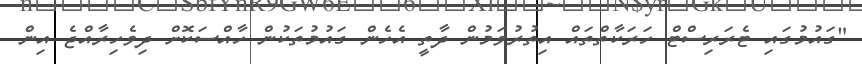
"ގައުމުގައި ޓެރަރިސްޓް ހަރަކާތްތައް އިތުރުވަމުން ދާތީ އެހެން ގައުމުތަކުން ހާއްސަކޮށް ދިވެހިރާއްޖެ އިން